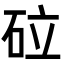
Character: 砬